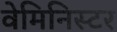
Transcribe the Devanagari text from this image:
वेमिनिस्टर